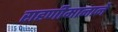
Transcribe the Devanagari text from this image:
राहणीमानाने